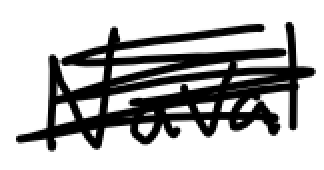
Text: Naval
Cross-out: mix
Writing tool: digital_black